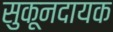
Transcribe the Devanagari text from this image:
सुकूनदायक